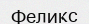
Феликс